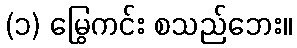
(၁) မြွေကင်း စသည်ဘေး။